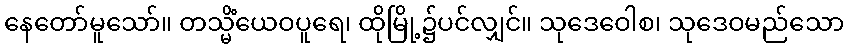
နေတော်မူသော်။ တသ္မိံယေဝပူရေ၊ ထိုမြို့၌ပင်လျှင်။ သုဒေဝေါစ၊ သုဒေဝမည်သော